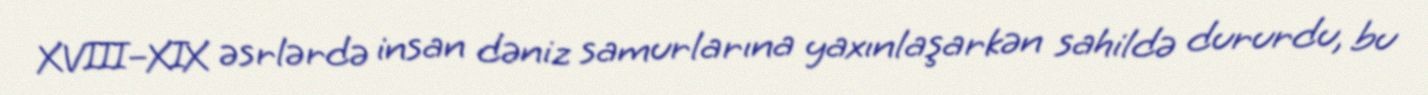
XVIII–XIX əsrlərdə insan dəniz samurlarına yaxınlaşarkən sahildə dururdu, bu